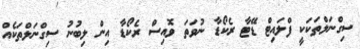
ސިގްނަލްތަކަކީ ފްލައިޓް ޑޭޓާ ރެކޯޑާ ނުވަތަ ވޮއިސް ރެކޯޑާ އިން ލިބުނު ސިގްނަލްތަކެއް